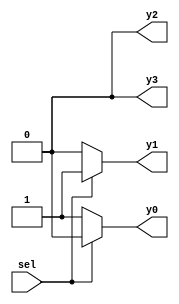
module demux_1_to_4 (
    input wire sel,
    output reg y0,
    output reg y1,
    output reg y2,
    output reg y3
);

always @(*)
begin
    if (sel == 1'b0)
    begin
        y0 = 1'b1;
        y1 = 1'b0;
        y2 = 1'b0;
        y3 = 1'b0;
    end
    else if (sel == 1'b1)
    begin
        y0 = 1'b0;
        y1 = 1'b1;
        y2 = 1'b0;
        y3 = 1'b0;
    end
    else if (!sel)
    begin
        y0 = 1'b0;
        y1 = 1'b0;
        y2 = 1'b1;
        y3 = 1'b0;
    end
    else
    begin
        y0 = 1'b0;
        y1 = 1'b0;
        y2 = 1'b0;
        y3 = 1'b1;
    end
end

endmodule